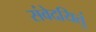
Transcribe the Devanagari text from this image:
संवेदयितुं